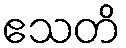
ဧသတိ